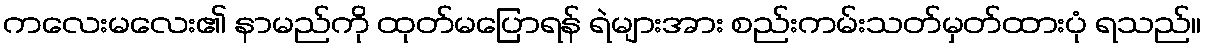
ကလေးမလေး၏ နာမည်ကို ထုတ်မပြောရန် ရဲများအား စည်းကမ်းသတ်မှတ်ထားပုံ ရသည်။